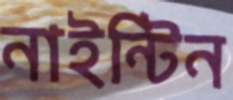
নাইন্টিন